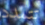
تتمدد